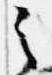
之